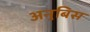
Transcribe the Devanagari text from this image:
अनुबिस